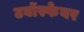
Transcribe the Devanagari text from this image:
टर्बोस्फेयर